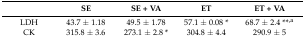
|  | SE | SE + VA | ET | ET + VA |
 | --- | --- | --- | --- | --- |
 | LDH | 43.7 ± 1.18 | 49.5 ± 1.78 | 57.1 ± 0.08 * | 68.7 ± 2.4 **,a |
 | CK | 315.8 ± 3.6 | 273.1 ± 2.8 * | 304.8 ± 4.4 | 290.9 ± 5 |